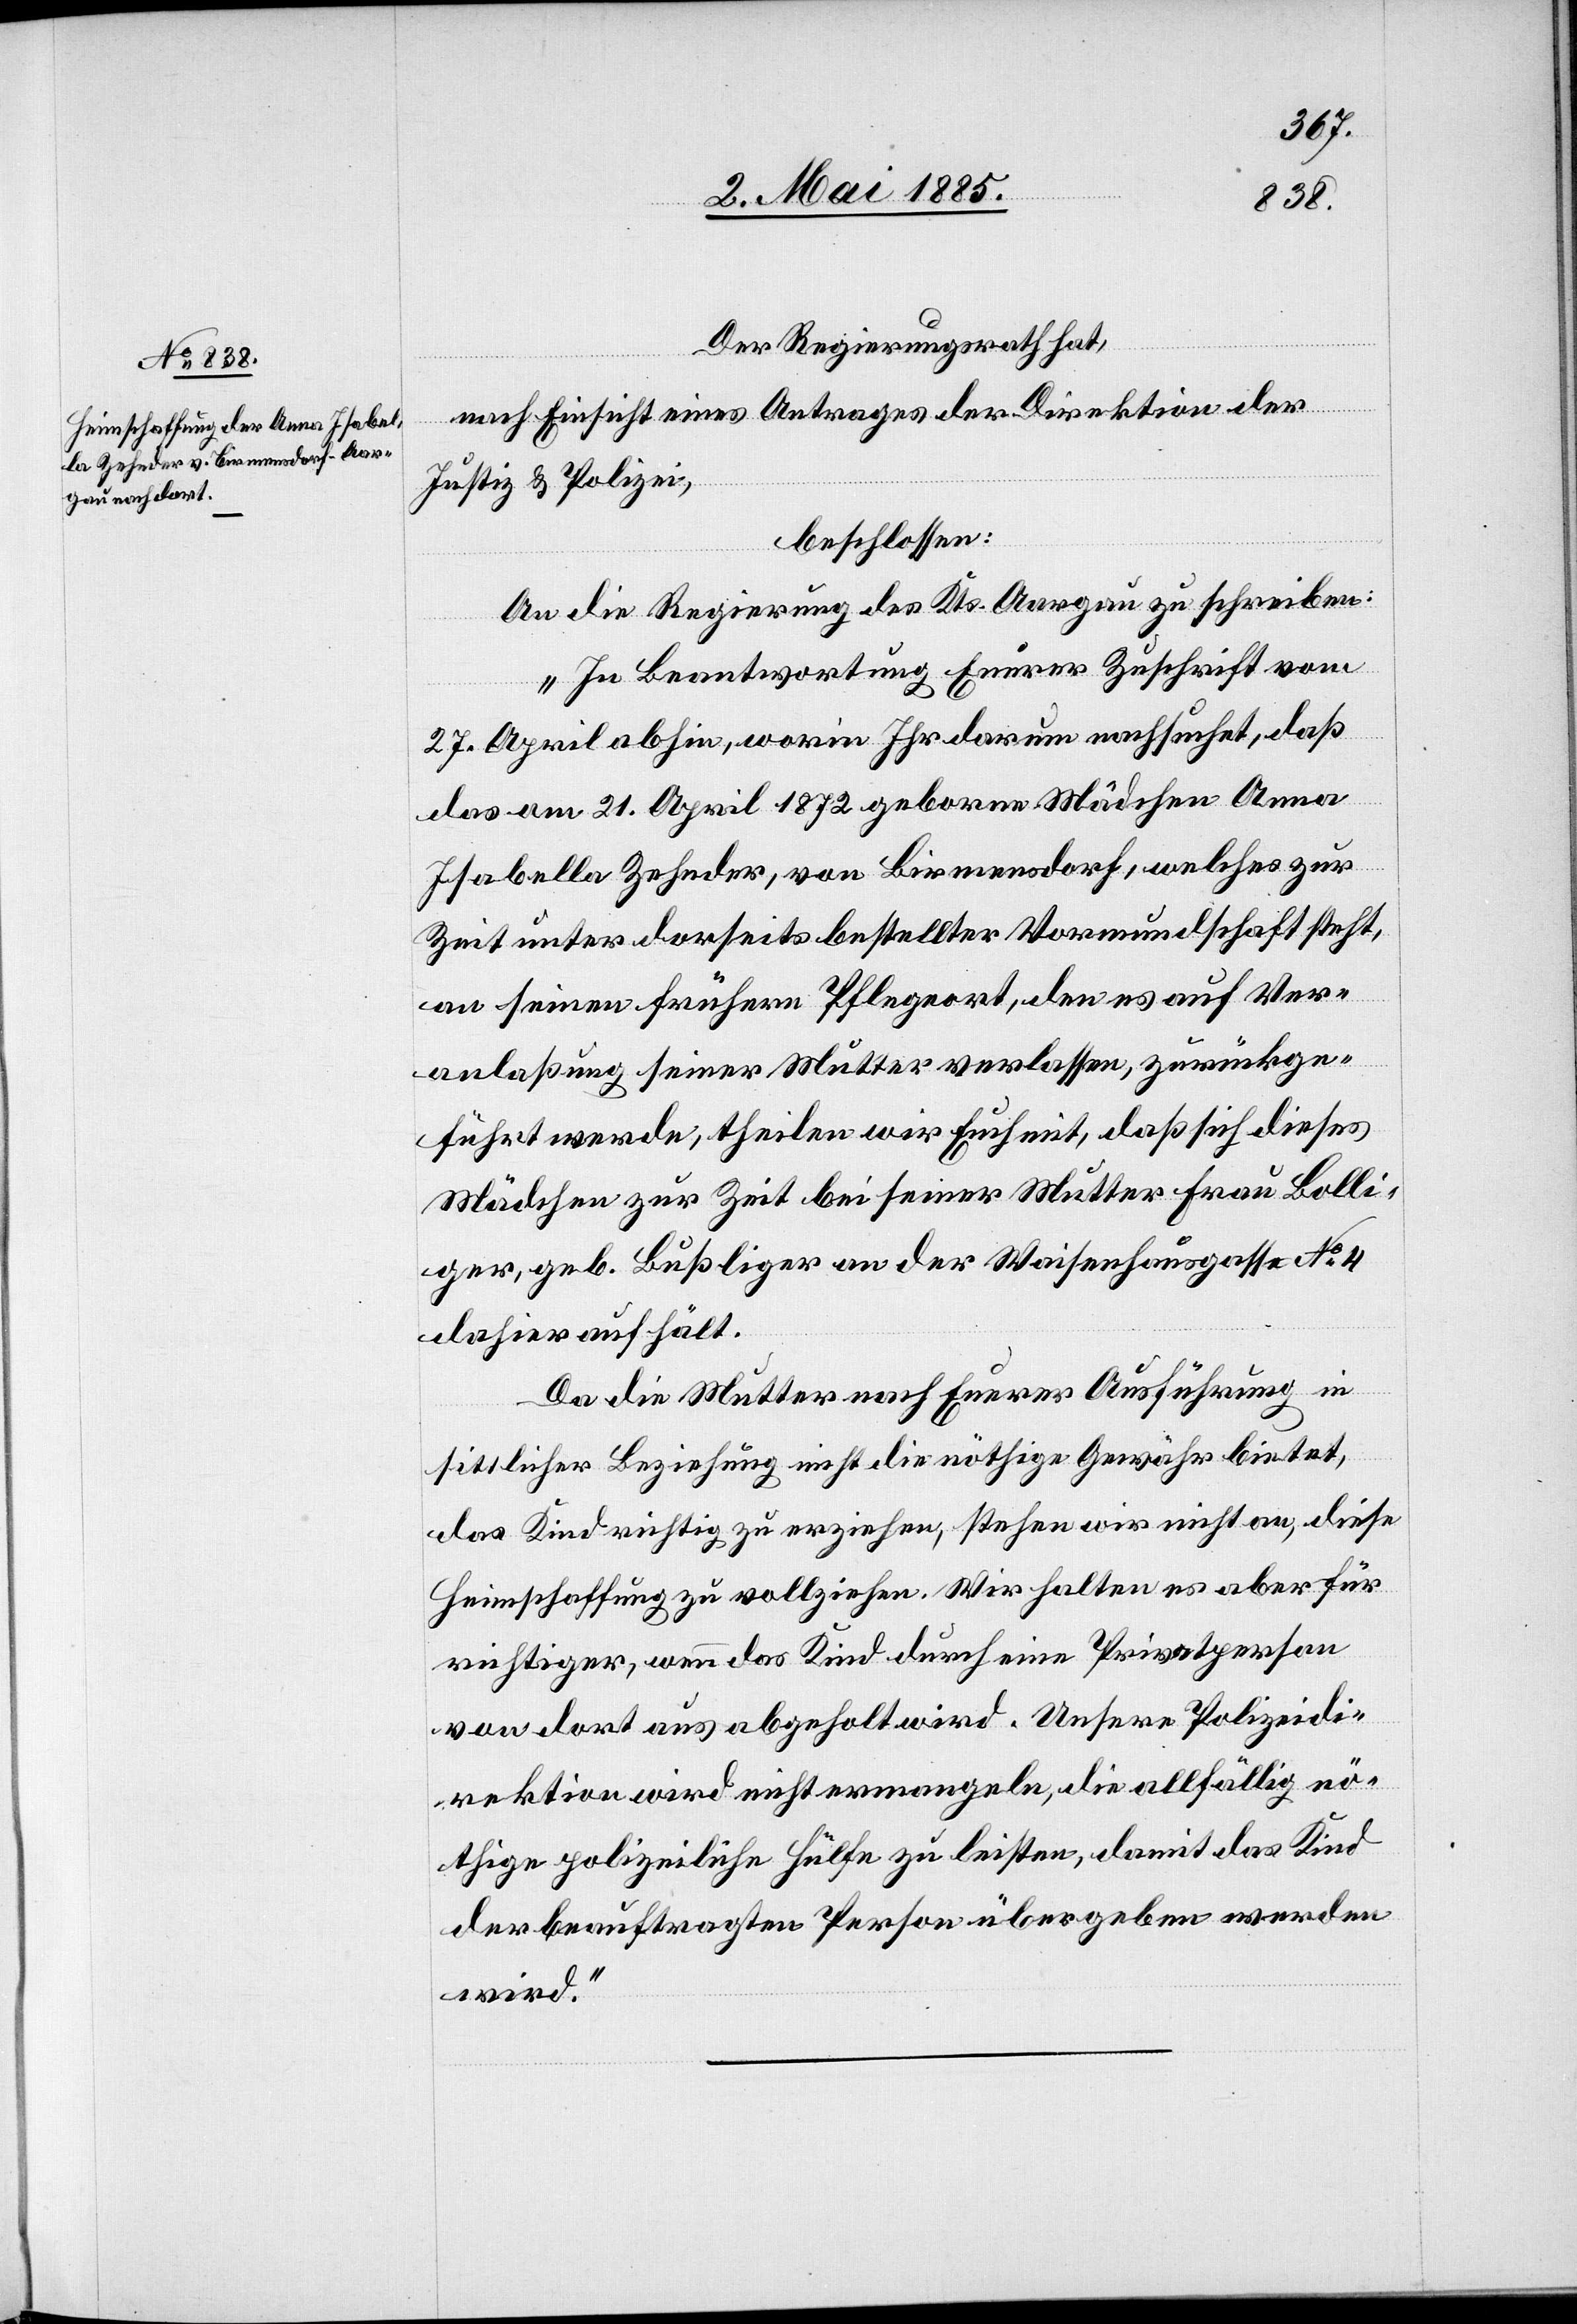
Der Regierungsrath hat,
nach Einsicht eines Antrages der Direktion der
Justiz & Polizei,
beschlossen:
An die Regierung des Kts. Aargau zu schreiben:
„In Beantwortung Euerer Zuschrift vom
27. April abhin, worin Ihr darum nachsuchet, daß
das am 21. April 1872 geborene Mädchen Anna
Isabelle Zehnder, von Birmensdorf, welches zur
Zeit unter dor[t]seits bestellter Vormundschaft steht,
an seinen frühern Pflegeort, den es auf Ver¬
anlaßung seiner Mutter verlassen, zurückge¬
führt werde, theilen wir Euch mit, daß sich dieses
Mädchen zur Zeit bei seiner Mutter Frau Bolli¬
ger, geb. Bußliger an der Waisenhausgasse No 4
dahier aufhält.
Da die Mutter nach Euerer Ausführung in
sittlicher Beziehung nicht die nöthige Gewähr bietet,
das Kind richtig zu erziehen, stehen wir nicht an, diese
Heimschaffung zu vollziehen. Wir halten es aber für
richtiger, wenn das Kind durch eine Privatperson
von dort aus abgeholt wird. Unsere Polizeidi¬
rektion wird nicht ermangeln, die allfällig nö¬
thige polizeiliche Hülfe zu leisten, damit das Kind
der beauftragten Person übergeben werden
wird.“